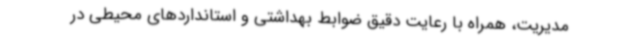
مدیریت، همراه با رعایت دقیق ضوابط بهداشتی و استانداردهای محیطی در